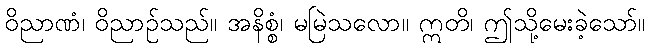
ဝိညာဏံ၊ ဝိညာဉ်သည်။ အနိစ္စံ၊ မမြဲသလော။ ဣတိ၊ ဤသို့မေးခဲ့သော်။